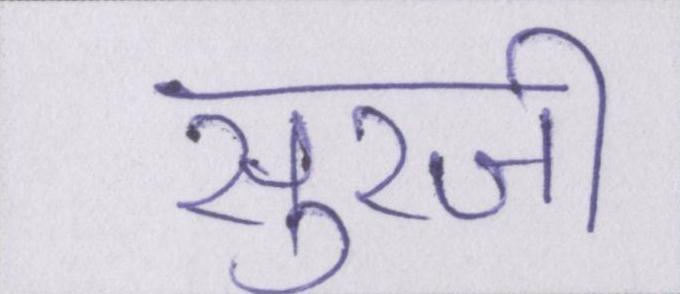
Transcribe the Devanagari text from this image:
सुरजी